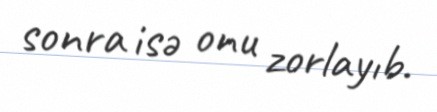
sonra isə onu zorlayıb.